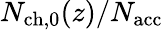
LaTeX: N_{\mathrm{ch,0}}(z)/{N_{\mathrm{acc}}}